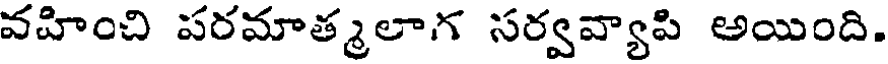
వహించి పరమాత్మలాగ సర్వవ్యాపి అయింది.